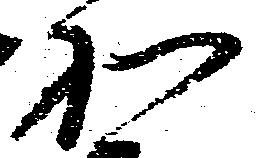
和